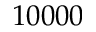
1 0 0 0 0